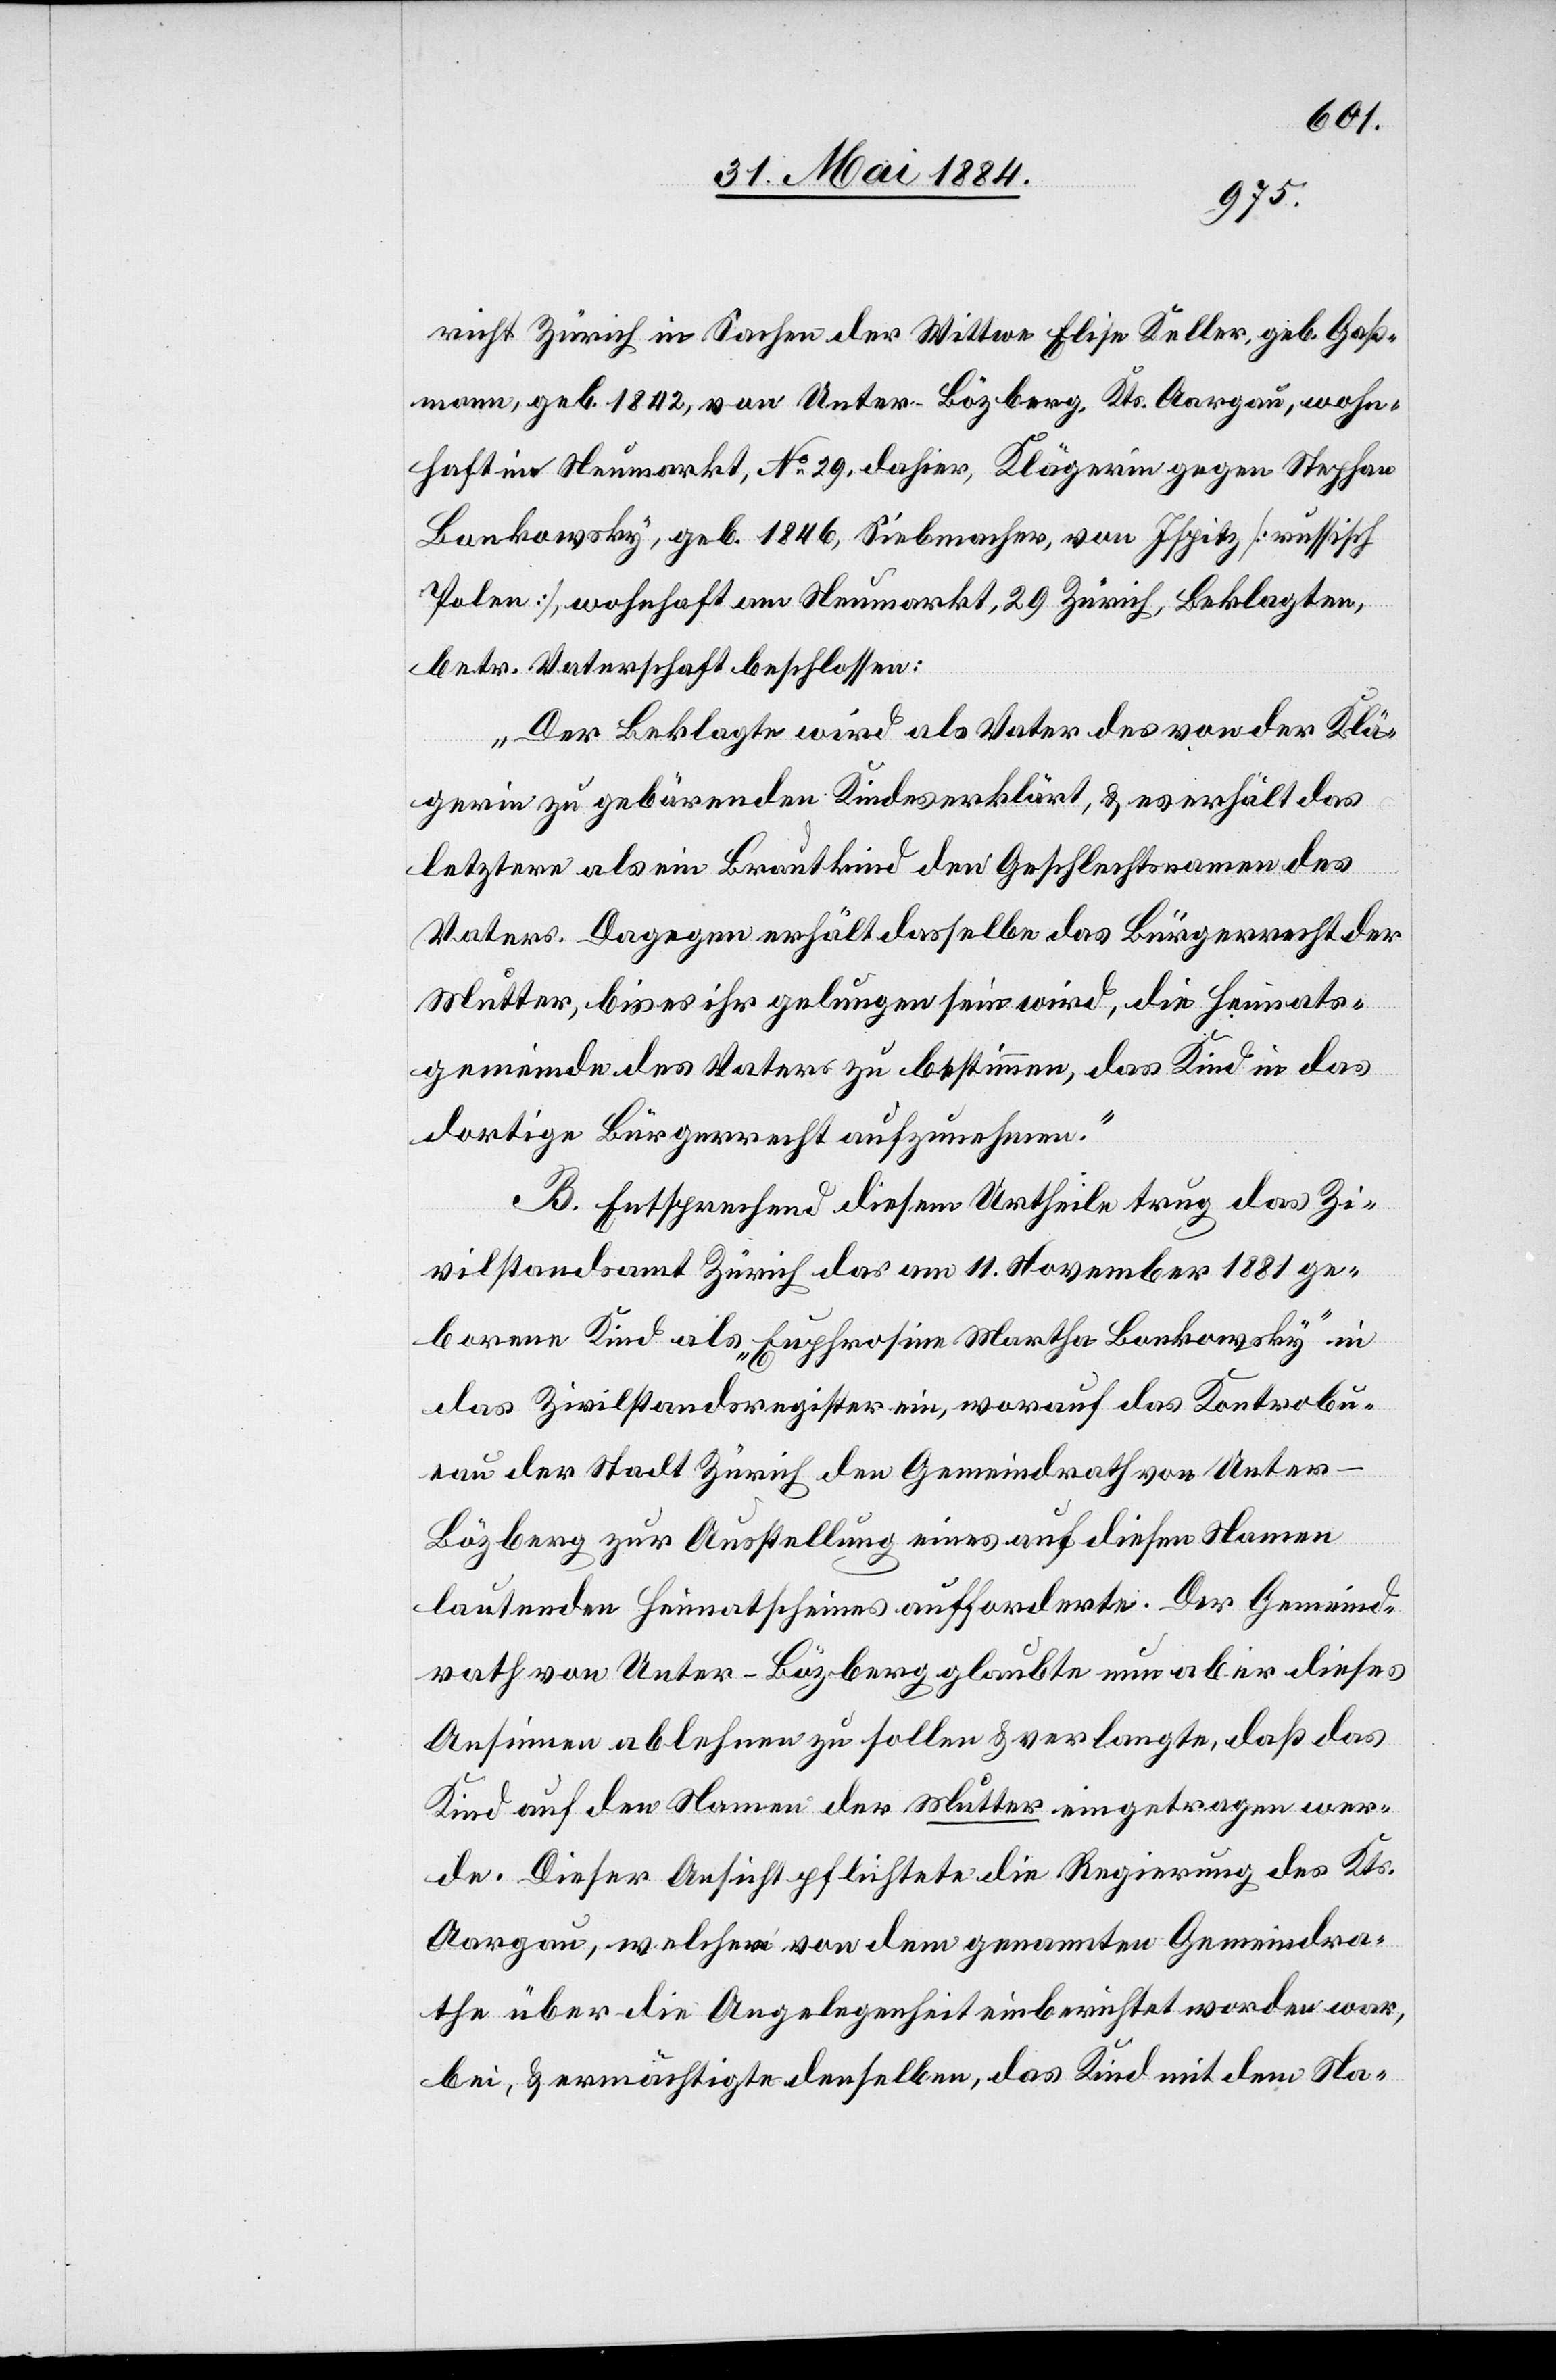
richt Zürich in Sachen der Wittwe Elise Keller, geb. Gaß¬
mann, geb. 1842, von Unter-Bözberg, Kts. Aargau, wohn¬
haft im Neumarkt, No 29, dahier, Klägerin gegen Stephan
Bankowsky, geb. 1846, Siebmacher, von Ispitz [russisch
Polen], wohnhaft am Neumarkt, 29[,] Zürich, Beklagten,
betr. Vaterschaft beschlossen:
„Der Beklagte wird als Vater des von der Klä¬
gerin zu gebärenden Kindes erklärt, & es erhält das
letztere als ein Brautkind den Geschlechtsnamen des
Vaters. Dagegen erhält dasselbe das Bürgerrecht der
Mutter, bis es ihr gelungen sein wird, die Heimats¬
gemeinde des Vaters zu bestimmen, [um] das Kind in das
dortige Bürgerrecht aufzunehmen.“
B. Entsprechend diesem Urtheile trug das Zi¬
vilstandsamt Zürich das am 11. November 1881 ge¬
borene Kind als „Euphrosine Martha Bankowsky“ in
das Zivilstandsregister ein, worauf das Kontrolbur¬
eau der Stadt Zürich den Gemeindrath von Unte¬
r-Bözberg zur Ausstellung eines auf diesen Namen
lautenden Heimatscheines aufforderte. Der Gemeind¬
rath von Unter-Bözberg glaubte nun aber dieses
Ansinnen ablehnen zu sollen & verlangte, daß das
Kind auf den Namen der Mutter eingetragen wer¬
de. Dieser Ansicht pflichtete die Regierung des Kts.
Aargau, welcher von dem genannten Gemeindra¬
the über die Angelegenheit einberichtet worden war,
bei, & ermächtigte denselben, das Kind mit dem Na-